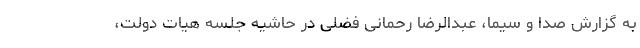
به گزارش صدا و سیما، عبدالرضا رحمانی فضلی در حاشیه جلسه هیات دولت،